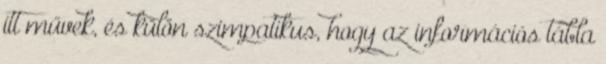
itt művek, és külön szimpatikus, hogy az információs tábla